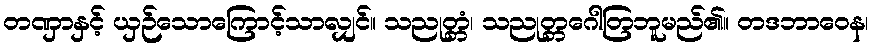
တဏှာနှင့် ယှဉ်သောကြောင့်သာလျှင်။ သညုတ္တံ၊ သညုတ္တဂေါတြဘူမည်၏။ တဒဘာဝေန၊